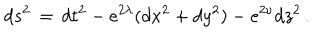
d s ^ { 2 } \, = \, d t ^ { 2 } - e ^ { 2 \lambda } ( d x ^ { 2 } + d y ^ { 2 } ) - e ^ { 2 \nu } d z ^ { 2 } \, .